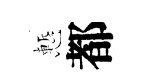
慙都